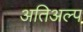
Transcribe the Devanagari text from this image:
अतिअल्प